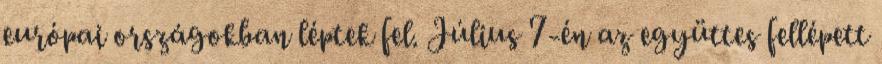
európai országokban léptek fel. Július 7-én az együttes fellépett